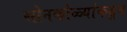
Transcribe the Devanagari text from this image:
सोनकोळ्यांकडून